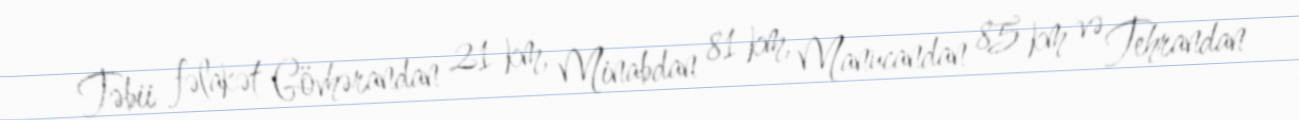
Təbii fəlakət Gövhərandan 21 km, Minabdan 81 km, Manucandan 85 km və Tehrandan